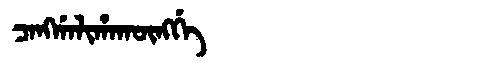
Manchu: ᠴᠠᠩᡤᠠᠯᡳᡥᠠᡴᡡᠩᡤᡝ
Romanization: CANGGALIHAKŪNGGE